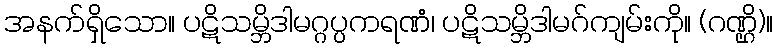
အနက်ရှိသော။ ပဋိသမ္ဘိဒါမဂ္ဂပ္ပကရဏံ၊ ပဋိသမ္ဘိဒါမဂ်ကျမ်းကို။ (ဂဏ္ဌိ)။